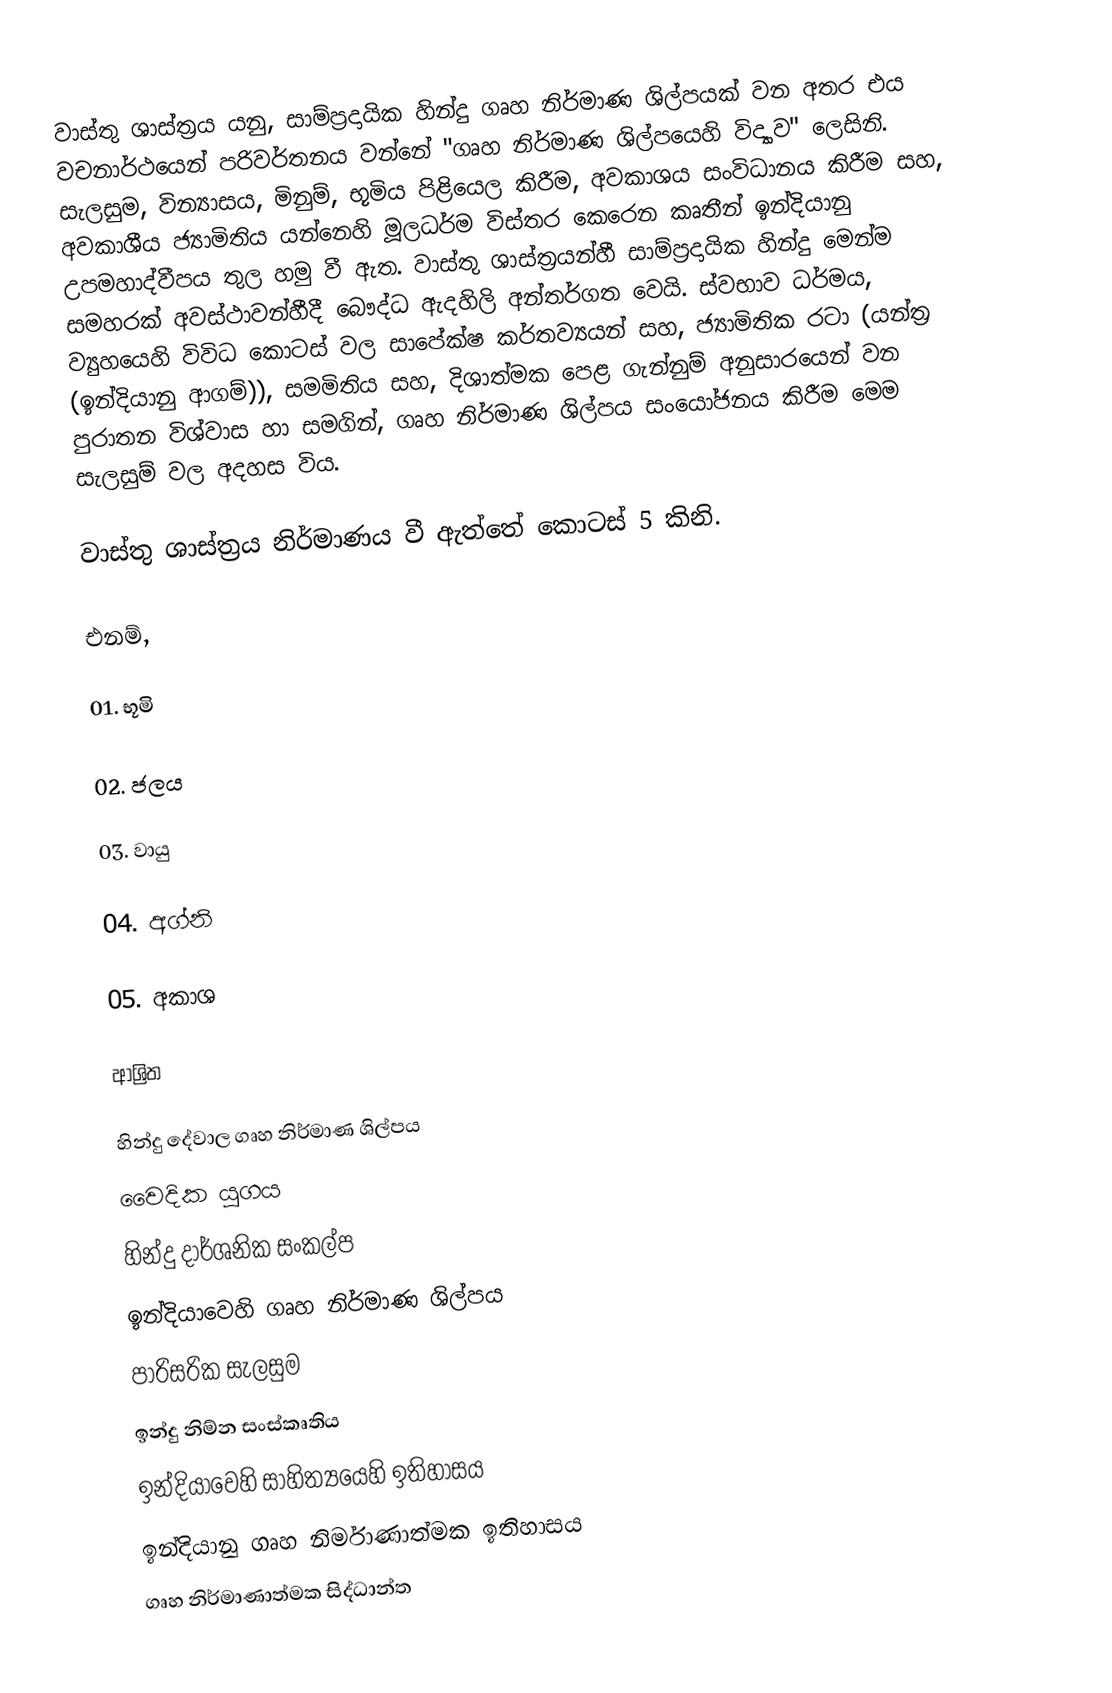
වාස්තු ශාස්ත්‍රය යනු, සාම්ප්‍රදායික හින්දු ගෘහ නිර්මාණ ශිල්පයක් වන අතර  එය වචනාර්ථයෙන් පරිවර්තනය වන්නේ "ගෘහ නිර්මාණ ශිල්පයෙහි විද්‍යාව" ලෙසිනි. සැලසුම, වින්‍යාසය, මිනුම්, භූමිය පිළියෙල කිරීම, අවකාශය  සංවිධානය කිරීම සහ, අවකාශීය ජ්‍යාමිතිය යන්නෙහි මූලධර්ම විස්තර කෙරෙන කෘතීන් ඉන්දියානු උපමහාද්වීපය තුල හමු වී ඇත. වාස්තු ශාස්ත්‍රයන්හී සාම්ප්‍රදායික හින්දු මෙන්ම සමහරක් අවස්ථාවන්හීදී බෞද්ධ ඇදහිලි අන්තර්ගත වෙයි. ස්වභාව ධර්මය, ව්‍යුහයෙහි විවිධ කොටස් වල සාපේක්ෂ කර්තව්‍යයන් සහ, ජ්‍යාමිතික රටා (යන්ත්‍ර (ඉන්දියානු ආගම්)), සමමිතිය සහ, දිශාත්මක පෙළ ගැන්නුම් අනුසාරයෙන් වන පුරාතන විශ්වාස හා සමගින්, ගෘහ නිර්මාණ ශිල්පය සංයෝජනය කිරීම මෙම සැලසුම් වල අදහස විය.

වාස්තු ශාස්ත්‍රය නිර්මාණය වී ඇත්තේ  කොටස් 5 කිනි.

එනම්,

01.         භූමි

02.         ජලය

03.         වායු

04.         අග්නි

05.         අකාශ

ආශ්‍රිත

හින්දු දේවාල ගෘහ නිර්මාණ ශිල්පය
වෛදික යුගය
හින්දු දාර්ශනික සංකල්ප
ඉන්දියාවෙහි ගෘහ නිර්මාණ ශිල්පය
 පාරිසරික සැලසුම
ඉන්දු නිම්න සංස්කෘතිය
ඉන්දියාවෙහි සාහිත්‍යයෙහි ඉතිහාසය
ඉන්දියානු ගෘහ නිර්මාණාත්මක ඉතිහාසය
 ගෘහ නිර්මාණාත්මක සිද්ධාන්ත